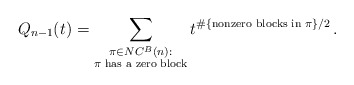
\begin{align*} Q_{n-1}(t) = \sum_{\substack{\pi \in NC^B(n):\\ \pi\textrm{ has a zero block}}} t^{\#\{\textrm{nonzero blocks in }\pi\}/2} \, . \end{align*}